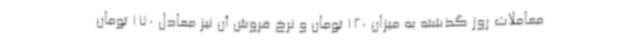
معاملات روز گذشته به میزان 120 تومان و نرخ فروش آن نیز معادل 170 تومان